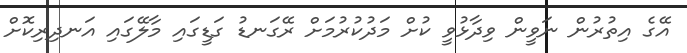
އޭގެ އިތުރުން ނަވީން ވިދާޅުވީ ކުށް މަދުކުރުމަށް ރޭގަނޑު ގަޑީގައި މާލޭގައި އަނދިރިކޮށް